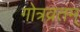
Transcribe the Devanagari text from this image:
गोत्रव्रतम्